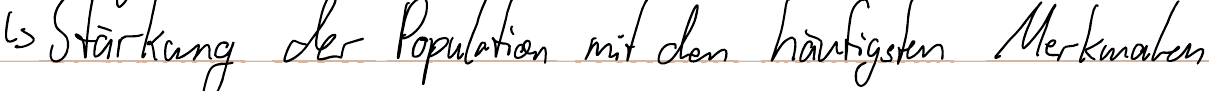
-> Stärkung der Population mit den häufigsten Merkmalen